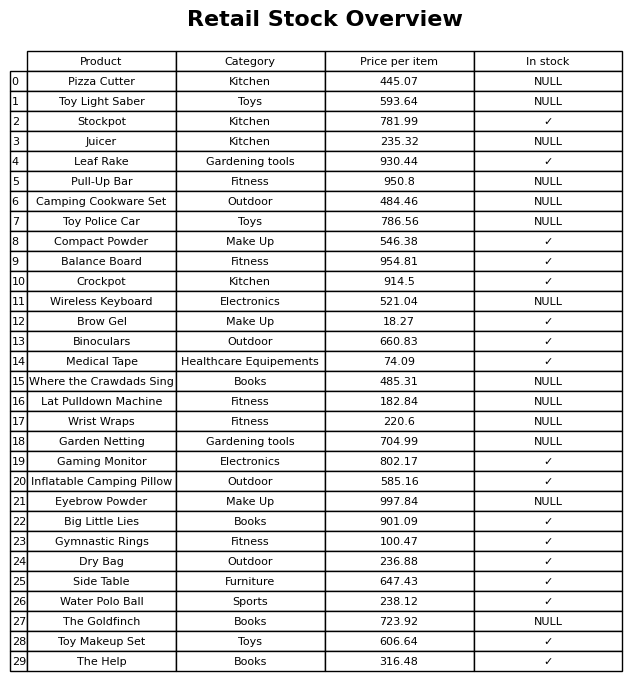
question: What is the stock status of the The Goldfinch?
answer: NULL